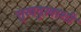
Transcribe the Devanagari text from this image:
सुखदुःखाशी